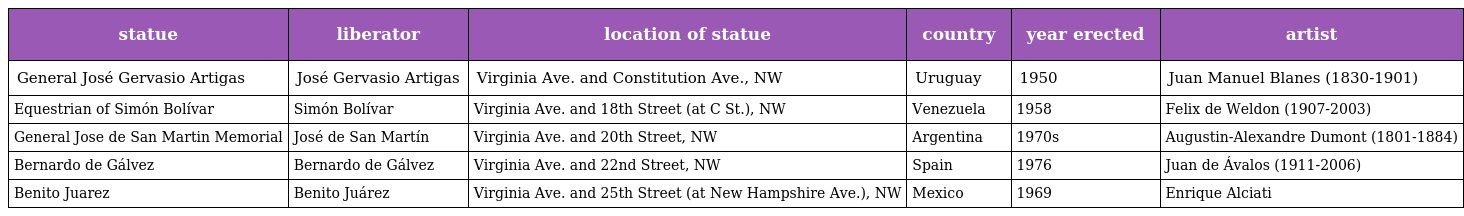
| statue | liberator | location of statue | country | year erected | artist |
 | --- | --- | --- | --- | --- | --- |
 | General José Gervasio Artigas | José Gervasio Artigas | Virginia Ave. and Constitution Ave., NW | Uruguay | 1950 | Juan Manuel Blanes (1830-1901) |
 | Equestrian of Simón Bolívar | Simón Bolívar | Virginia Ave. and 18th Street (at C St.), NW | Venezuela | 1958 | Felix de Weldon (1907-2003) |
 | General Jose de San Martin Memorial | José de San Martín | Virginia Ave. and 20th Street, NW | Argentina | 1970s | Augustin-Alexandre Dumont (1801-1884) |
 | Bernardo de Gálvez | Bernardo de Gálvez | Virginia Ave. and 22nd Street, NW | Spain | 1976 | Juan de Ávalos (1911-2006) |
 | Benito Juarez | Benito Juárez | Virginia Ave. and 25th Street (at New Hampshire Ave.), NW | Mexico | 1969 | Enrique Alciati |